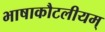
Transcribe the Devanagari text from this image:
भाषाकौटलीयम्